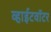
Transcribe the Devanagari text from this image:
व्हाईटवॉटर